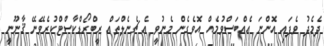
ދެމެދު ވެފައި އޮންނަ އެއްބަސްވުމެއް އޮވެގެން މެނުވީ އެ ޗެނެލްތައް ރީބްރޯޑްކާސްޓްކުރެވޭނޭ ޤާނޫނީ